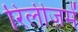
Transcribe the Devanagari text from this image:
रिलीज़में